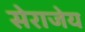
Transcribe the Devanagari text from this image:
सेराजेय